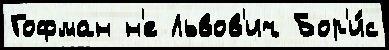
Гофман н'е Львов'ич Бор'и́с